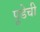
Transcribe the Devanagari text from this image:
पूडेची